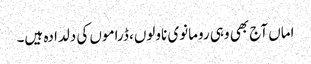
اماں آج بھی وہی رومانوی ناولوں، ڈراموں کی دلدادہ ہیں۔